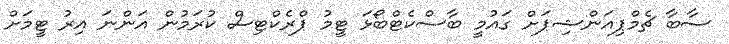
ސާބާ ޗެމްޕިއަންޝިޕަށް ގައުމީ ބާސްކެޓްބޯޅަ ޓީމު ޕްރެކްޓިސް ކުރަމުން އަންނަ އިރު ޓީމަށް